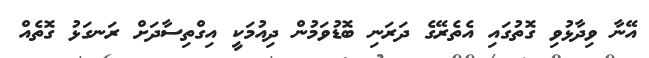
އޭނާ ވިދާޅުވި ގޮތުގައި އެތެރޭގެ ދަރަނި ބޮޑުވަމުން ދިއުމަކީ އިގްތިސާދަށް ރަނގަޅު ގޮތެއް